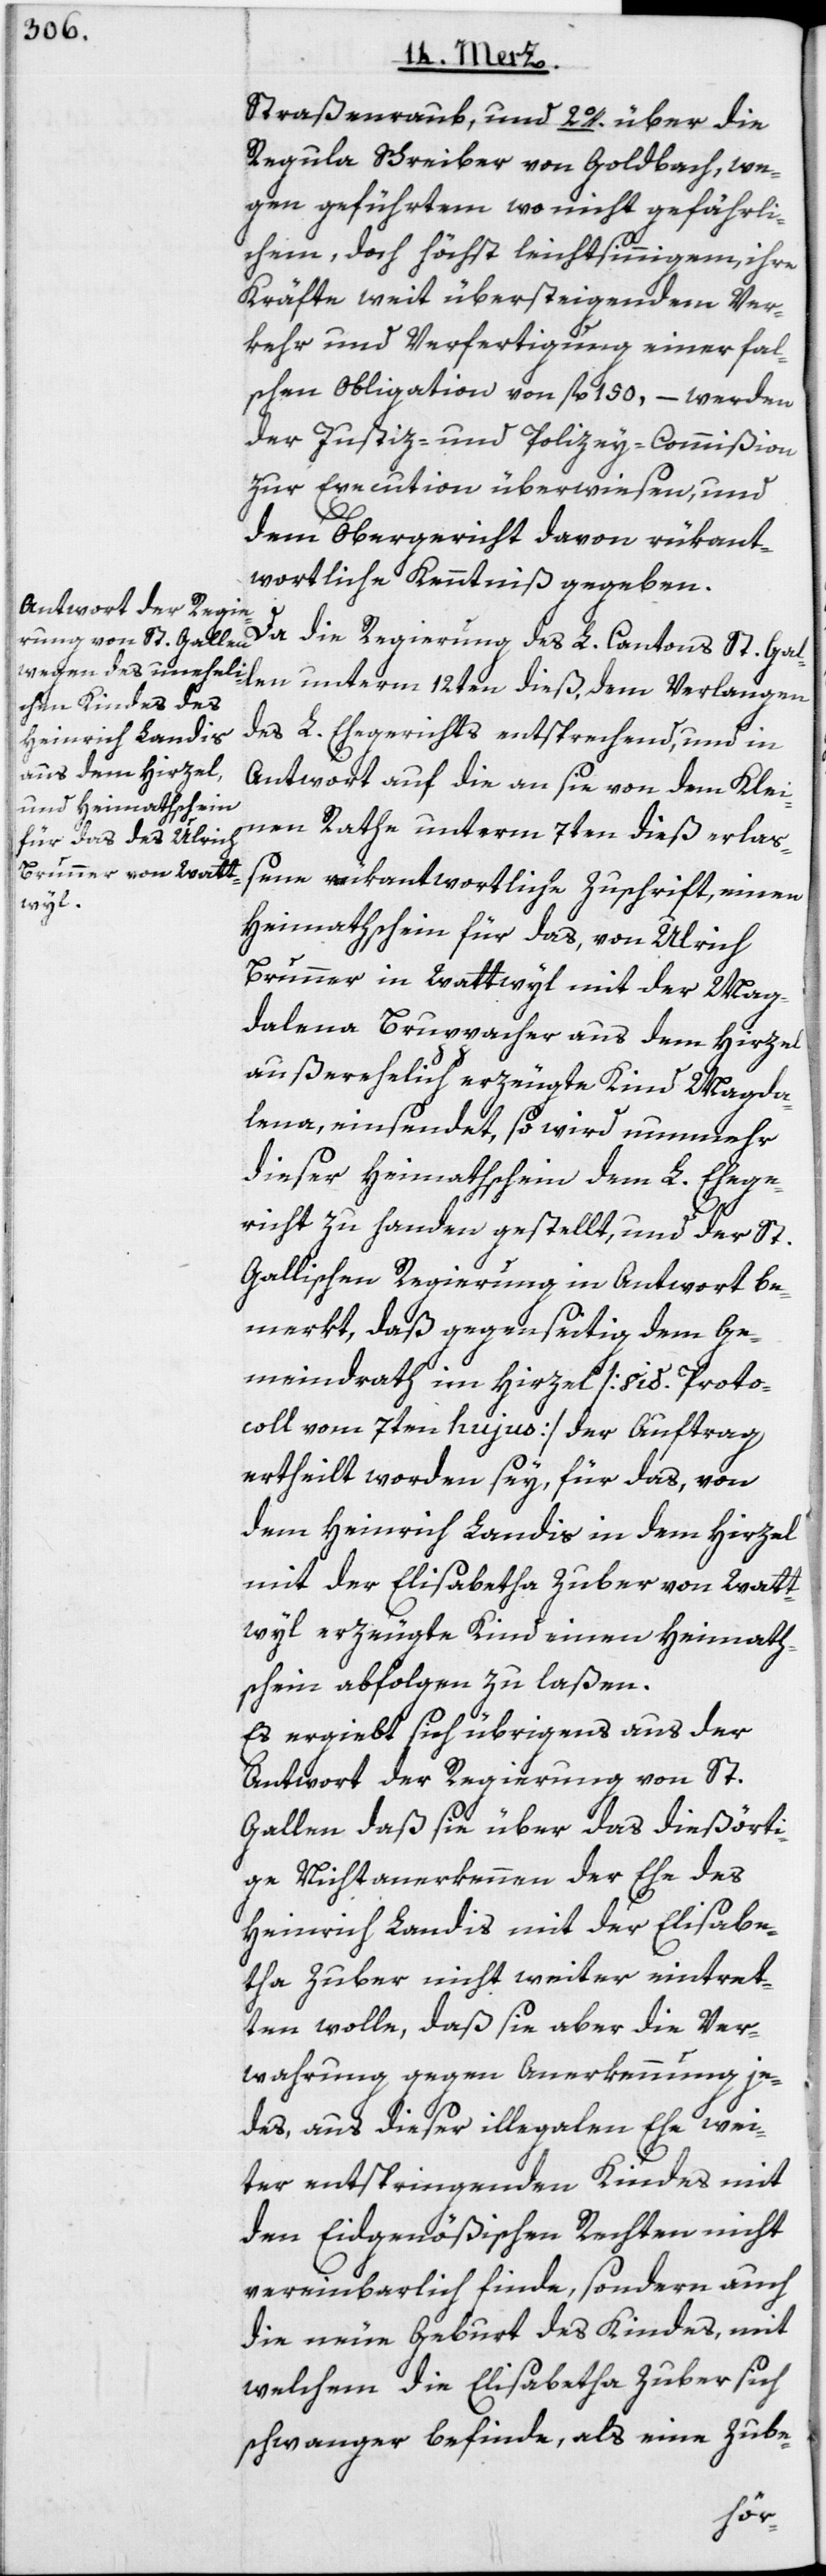
Straßenraub, und 2o. über die
Regula Schreiber von Goldbach, we¬
gen geführtem wo nicht gefährli¬
chem, doch höchst leichtsinnigem, ihre
Kräfte weit übersteigendem Ver¬
kehr und Verfertigung einer fal¬
schen Obligation von fl. 150, – werden
der Justiz- und Polizey-Commißion
zur Execution überwiesen, und
dem Obergericht davon rükant¬
wortliche Kenntniß gegeben.
Da die Regierung des L. Cantons St. Gal¬
len unterm 12ten dieß, dem Verlangen
des L. Ehegerichts entsprechend, und in
Antwort auf die an sie von dem Klei¬
nen Rathe unterm 7ten dieß erlaß¬
ene rükantwortliche Zuschrift, einen
Heimathschein für das, von Ulrich
Brunner in Wattwyl mit der Mag¬
dalena Bruppacher aus dem Hirzel
außerehelich erzeugte Kind Magda¬
lena, einsendet, so wird nunmehr
dieser Heimathschein dem L. Ehege¬
richt zu handen gestellt, und der St.
Gallischen Regierung in Antwort be¬
merkt, daß gegenseitig dem Ge¬
meindrath im Hirzel [vid. Proto¬
coll vom 7ten hujus] der Auftrag
ertheilt worden sey, für das, von
dem Heinrich Landis in dem Hirzel
mit der Elisabetha Zuber von Watt¬
wyl erzeugte Kind einen Heimath¬
schein abfolgen zu laßen.
Es ergiebt sich übrigens aus der
Antwort der Regierung von St.
Gallen daß sie über das dießörti¬
ge Nichtanerkennen der Ehe des
Heinrich Landis mit der Elisabe¬
tha Zuber nicht weiter eintret¬
ten wolle, daß sie aber die Ver¬
wahrung gegen Anerkennung je¬
des, aus dieser illegalen Ehe wei¬
ter entspringenden Kindes mit
den Eidgenößischen Rechten nicht
vereinbarlich finde, sondern auch
die neue Geburt des Kindes, mit
welchem die Elisabetha Zuber sich
schwanger befinde, als eine Zube-